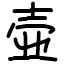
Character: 壶